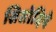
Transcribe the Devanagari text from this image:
सिसोदिये